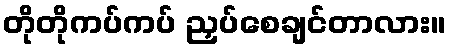
တိုတိုကပ်ကပ် ညှပ်စေချင်တာလား။